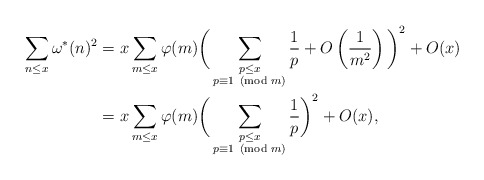
\begin{align*}\sum_{n\le x}\omega^*(n)^2&=x\sum_{m\le x}\varphi(m)\bigg(\sum_{\substack{p\le x\\p\equiv 1\!\!\!\pmod{m}}}\frac{1}{p}+O\left(\frac{1}{m^2}\right)\bigg)^2+O(x)\\&=x\sum_{m\le x}\varphi(m)\bigg(\sum_{\substack{p\le x\\p\equiv 1\!\!\!\pmod{m}}}\frac{1}{p}\bigg)^2+O(x),\end{align*}